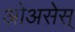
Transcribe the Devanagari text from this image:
ओअसेस्